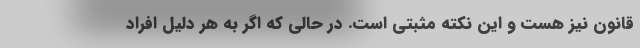
قانون نیز هست و این نکته مثبتی است. در حالی که اگر به هر دلیل افراد